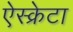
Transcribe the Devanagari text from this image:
ऐस्क्रेटा